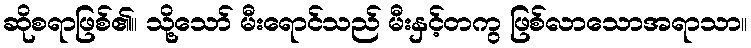
ဆိုစရာဖြစ်၏။ သို့သော် မီးရောင်သည် မီးနှင့်တကွ ဖြစ်လာသောအရာသာ။